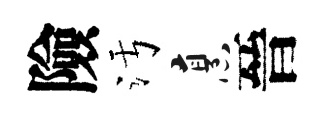
險污烹晉